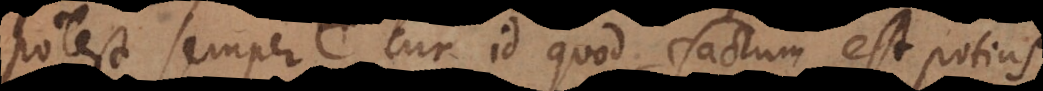
potest semper, cur id quod factum est potius